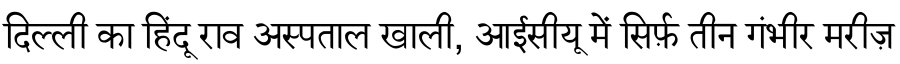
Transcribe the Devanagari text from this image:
दिल्ली का हिंदू राव अस्पताल खाली, आईसीयू में सिर्फ़ तीन गंभीर मरीज़